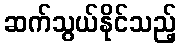
ဆက်သွယ်နိုင်သည့်